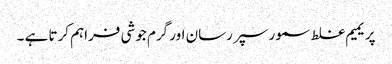
پریمیم غلط سمور سپر رسان اور گرم جوشی فراہم کرتا ہے ۔